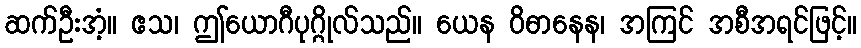
ဆက်ဦးအံ့။ ဧသ၊ ဤယောဂီပုဂ္ဂိုလ်သည်။ ယေန ဝိဓာနေန၊ အကြင် အစီအရင်ဖြင့်။